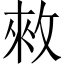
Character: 𢽟